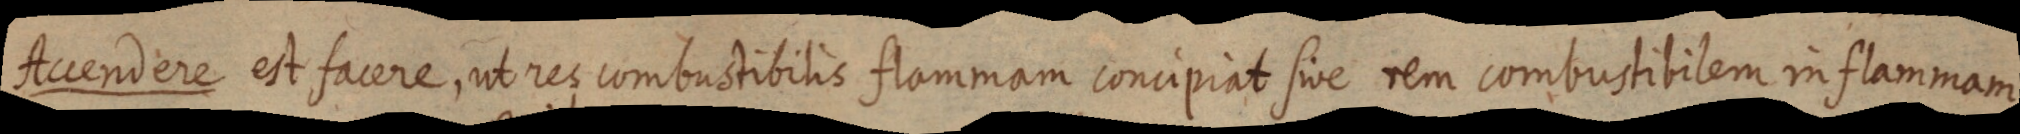
Accendere est facere, ut ret combuctibilis flammam concipiat sive rem combustibilem in flammam